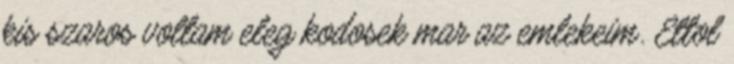
kis szaros voltam eleg kodosek mar az emlekeim. Ettol